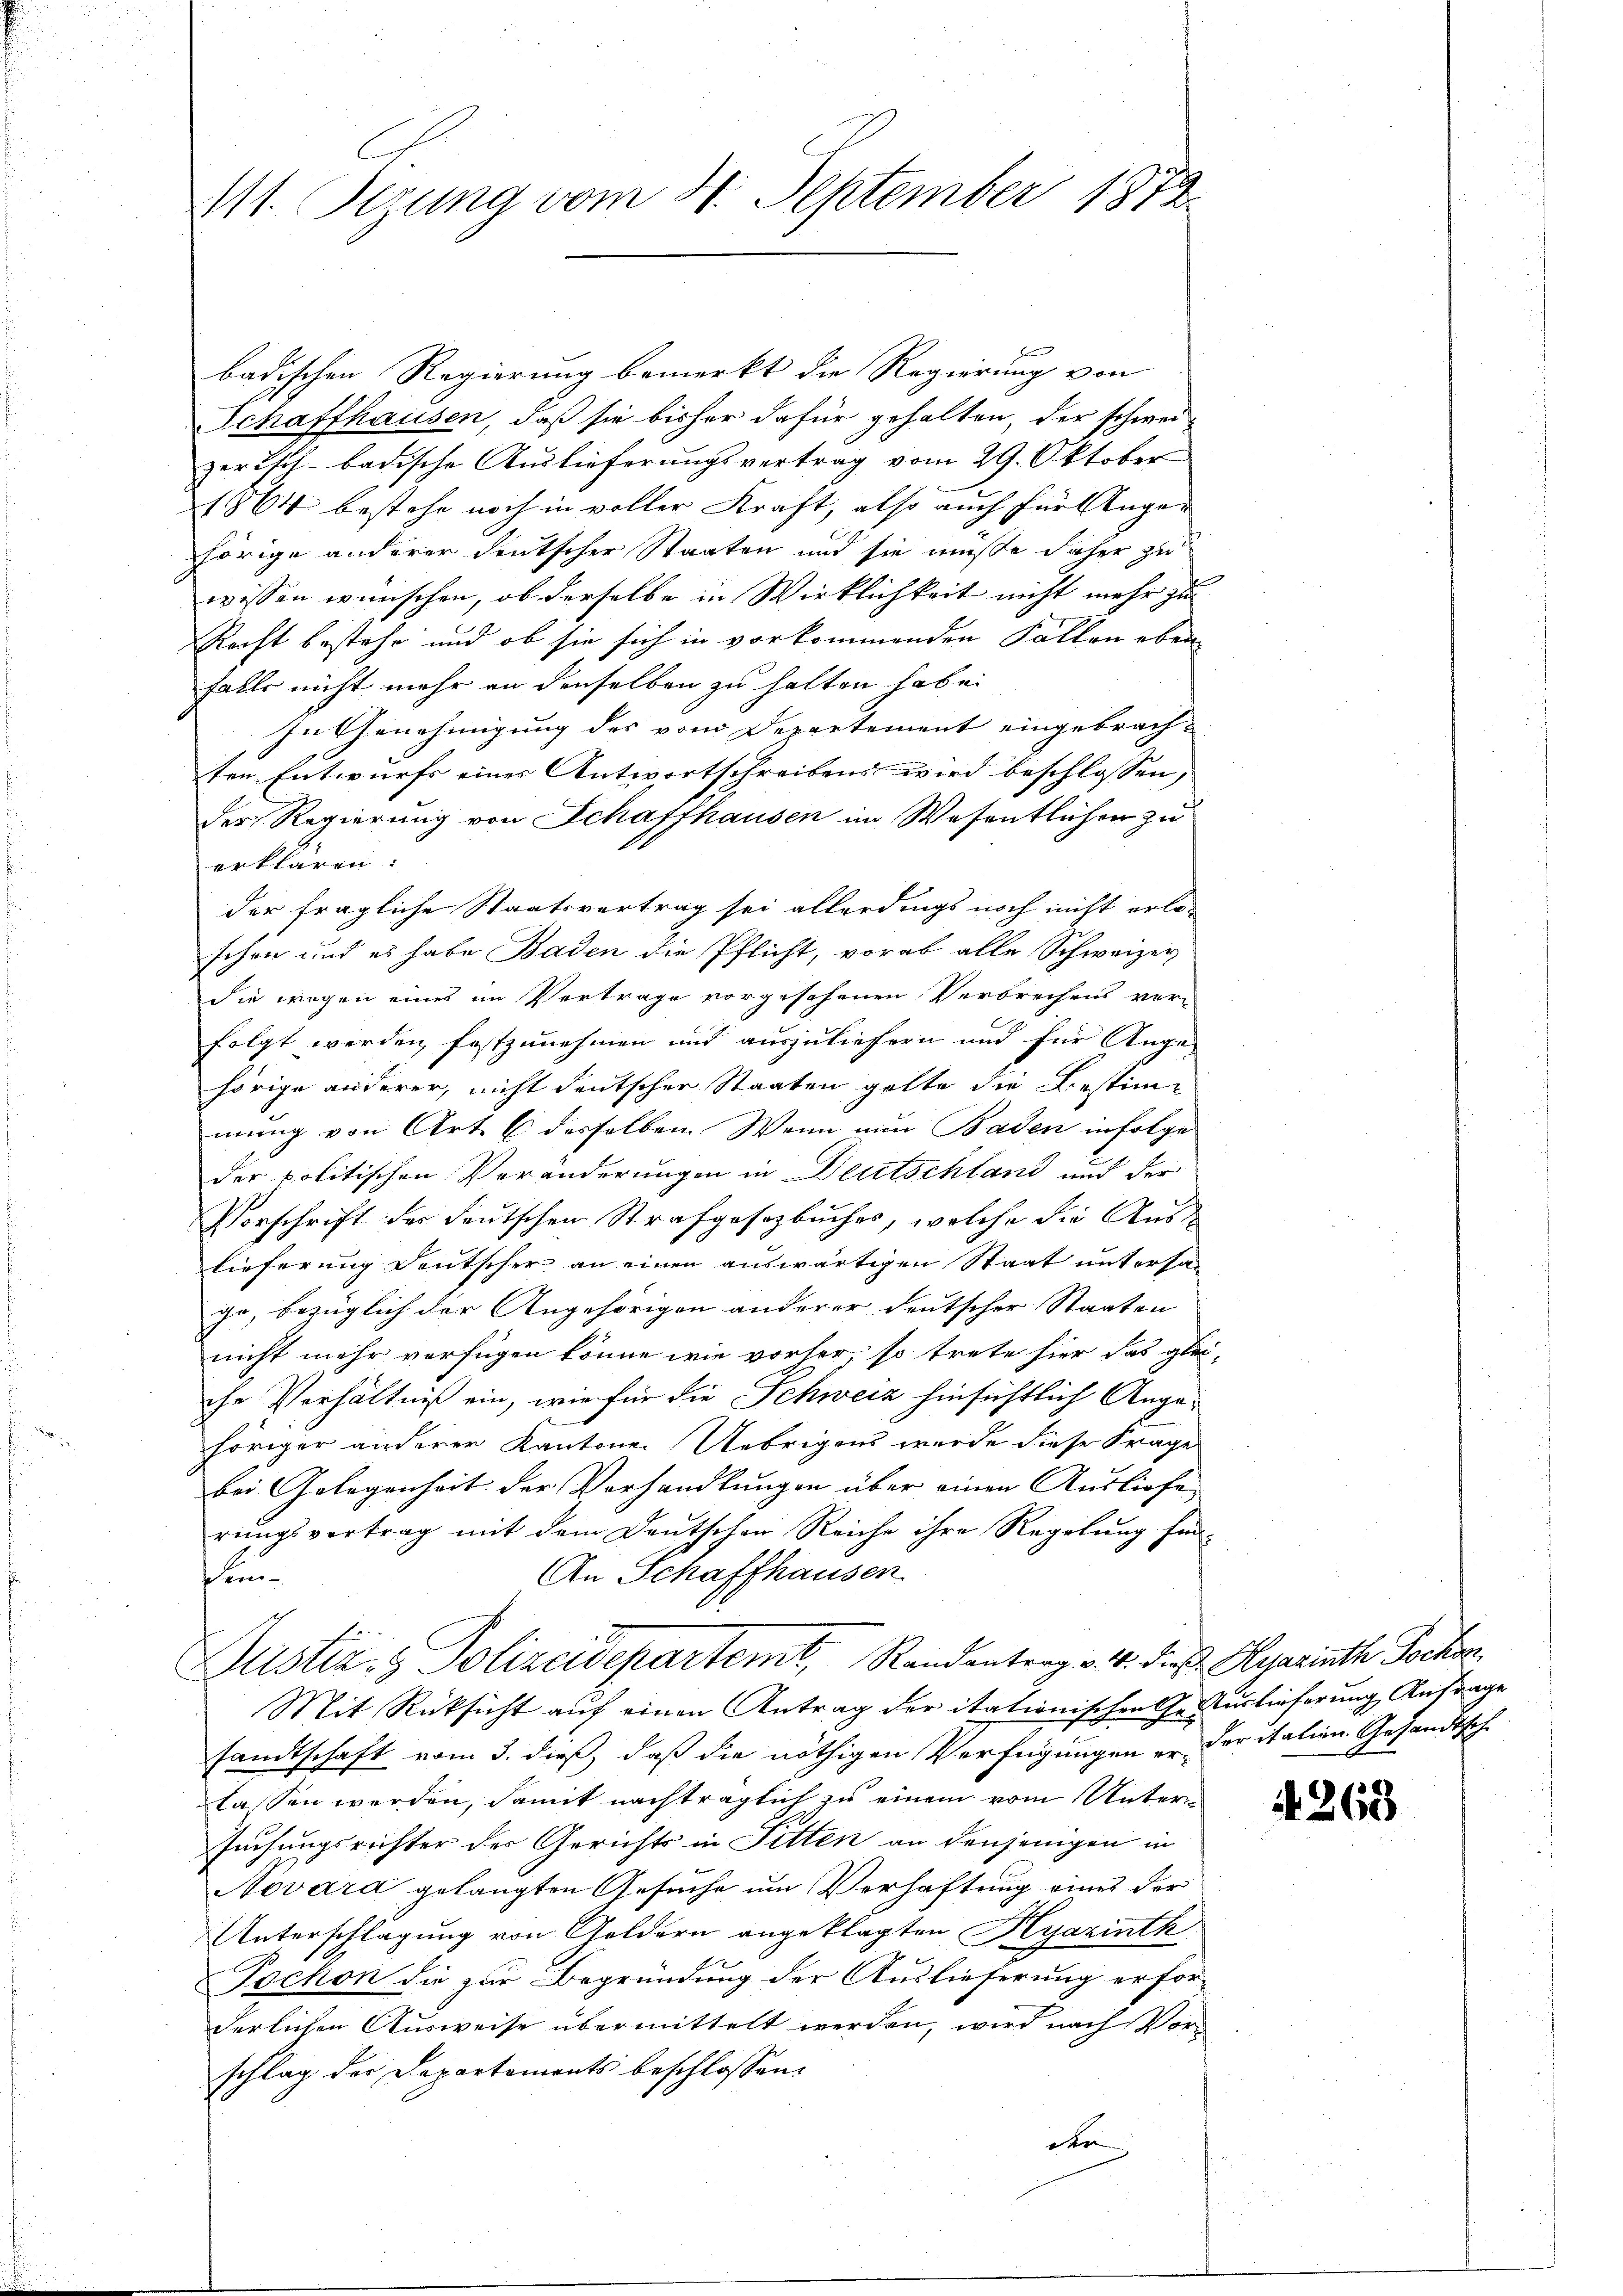
111. Ferung vom 4. September 1873.

badischen Regierung bemerkt die Regierung von
Schaffhausen, daß sie bisher dafür gehalten, der schwei-
zerisch-badische Auslieferungsvertrag vom 29. Oktober
1864 bestehe noch in voller Kraft, also auch für Angehörige anderer deutscher Staaten und sie müsse daher zu
wissen wünschen, ob derselbe in Wirklichkeit nicht mehr zu
Recht bestehe und ob sie sich in vorkommenden Fallen eben
falls nicht mehr an denselben zu halten habe.
In Genehmigung des vom Departement eingebrachten Entwurfs eines Antwortschreibens wird beschlossen,
der Regierung von Schaffhausen im Wesentlichen zu
erklären.
der fragliche Staatsvertrag sei allerdings noch nicht erlaschon und es habe Baden die Pflicht, vorab alle Schweizer
die wegen eines im Vertrage vorgesehenen Verbrechens vor-
folgt werden festzunehmen und auszuliefern und für Ange-
hörige anderer, nicht deutscher Staaten gelte die Bestimmung von Art. 6 desselben. Wenn nun Baden infolge
der politischen Veränderungen in Deutschland und der
Vorschrift des deutschen Strafgesetzbuches, welche die Aus-
lieferung Deutscher an einen auswärtigen Staat untersago, bezüglich der Angehörigen anderer deutscher Staaten
nicht mehr verfügen könne wie vorher, so trete hier das glei-
che Verhältniß ein, wie für die Schweiz hinsichtlich Angehöriger anderer Kantone Uebrigens wurde diese Frage
bei Gelegenheit der Vorhandlungen über einen Ausliefe
rungsvertrag mit dem Deutschen Reiche ihre Regelung fin¬
An Schaffhausen.
de erer
Justiz- & Polizeidepartemt, Randentrag v. 4. dies Heerinth Jochen,
Mit Rücksicht auf einen Antrag der itationischen Ge- Auslieferung Anfrage
sandtschaft vom 3. dieß, daß die nöthigen Verfügungen er der italien Gesandtsche
lassen werden, damit nachträglich zu einem vom Untern
suchungsrichter der Gerichts in Fitten an denjenigen in
Novára gelangten Gesuche um Verhaftung eines der
Unterschlagung von Geldern angeklagten Hyazintk
Pochon die zur Begründung der Auslieferung erfor-
derlichen Ausweise übermittelt werden, wird nach Vorschlag der Departements beschlossen:
der

268